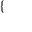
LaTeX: \left\{ \begin{array} { l l } \end{array} \right.